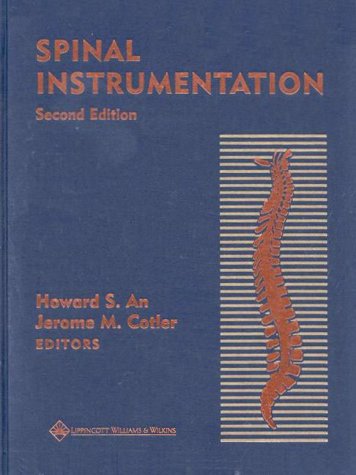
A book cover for Spinal Instrumentation; Cotler; Medical Books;